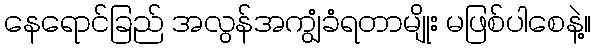
နေရောင်ခြည် အလွန်အကျွံခံရတာမျိုး မဖြစ်ပါစေနဲ့။